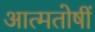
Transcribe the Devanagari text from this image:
आत्मतोषीं